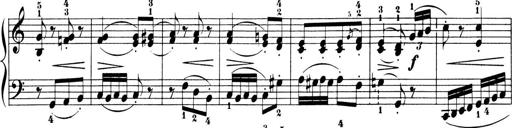
Title: 6 Piano Sonatinas
Composer: Cornelius Gurlitt